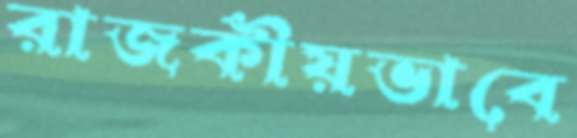
রাজকীয়ভাবে